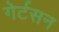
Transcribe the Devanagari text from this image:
गेर्टसन